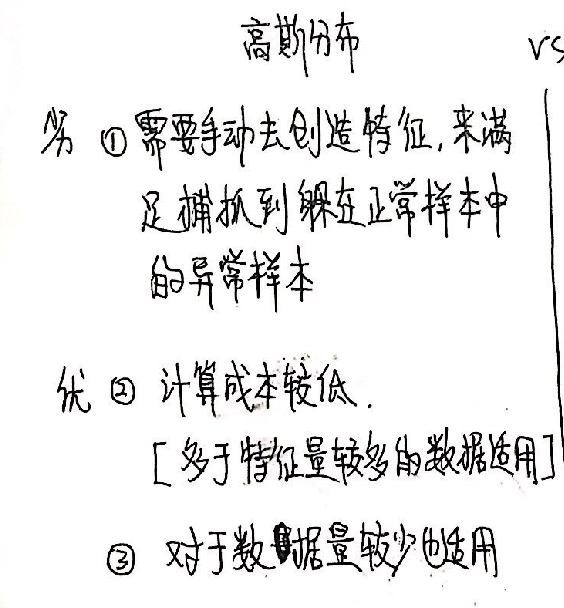
高斯分布
劣 $\textcircled{1}$需要手动去创造特征，来满足捕捉到躲在正常样本中的异常样本
优 $\textcircled{2}$ 计算成本较低.
[多于特征量较多的数据适用]
$\textcircled{3}$ 对于数据量较少也适用